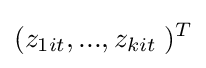
(z_{1it},...,z_{kit}\;)^{T}